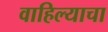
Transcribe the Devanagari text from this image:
वाहिल्याचा